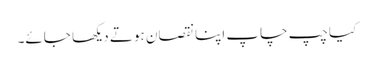
کیا چپ چاپ اپنا نقصان ہوتے دیکھا جائے۔